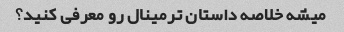
میشه خلاصه داستان ترمینال رو معرفی کنید؟